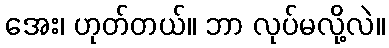
အေး၊ ဟုတ်တယ်။ ဘာ လုပ်မလို့လဲ။